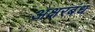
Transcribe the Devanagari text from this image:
अक्षरबंध